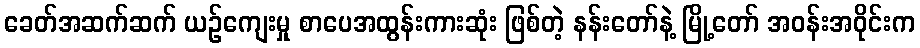
ခေတ်အဆက်ဆက် ယဉ်ကျေးမှု စာပေအထွန်းကားဆုံး ဖြစ်တဲ့ နန်းတော်နဲ့ မြို့တော် အဝန်းအဝိုင်းက